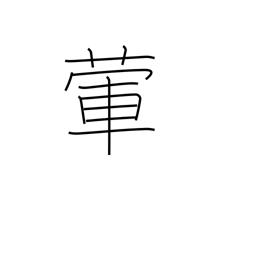
Meaning: garlic